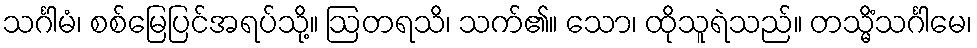
သင်္ဂါမံ၊ စစ်မြေပြင်အရပ်သို့။ ဩတရသိ၊ သက်၏။ သော၊ ထိုသူရဲသည်။ တသ္မိံသင်္ဂါမေ၊